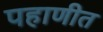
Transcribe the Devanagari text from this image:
पहाणीत